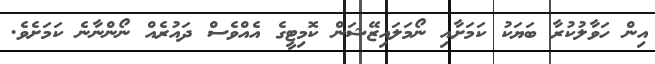
އިން ހަވާލުކުރާ ބަޔަކު ކަމަށާއި ނޯމަލައިޒޭޝަން ކޮމިޓީގެ އެއްވެސް ދައުރެއް ނޯންނާނެ ކަމަށެވެ.